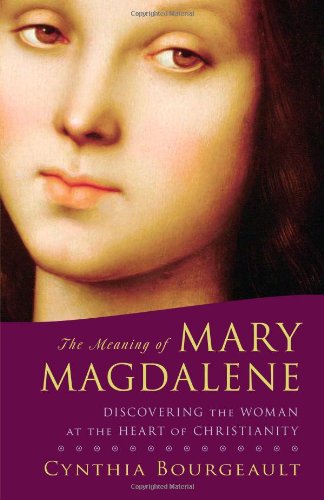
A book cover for The Meaning of Mary Magdalene: Discovering the Woman at the Heart of Christianity; Cynthia Bourgeault; Christian Books & Bibles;